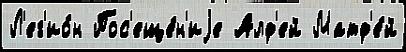
Л'ег'ио́н Пос'еще́н'иjе Алф'ей Матф'е́й